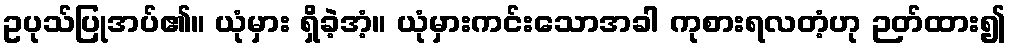
ဥပုသ်ပြုအပ်၏။ ယုံမှား ရှိခဲ့အံ့။ ယုံမှားကင်းသောအခါ ကုစားရလတံ့ဟု ဉတ်ထား၍